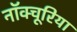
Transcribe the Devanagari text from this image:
नॉक्चूरिया